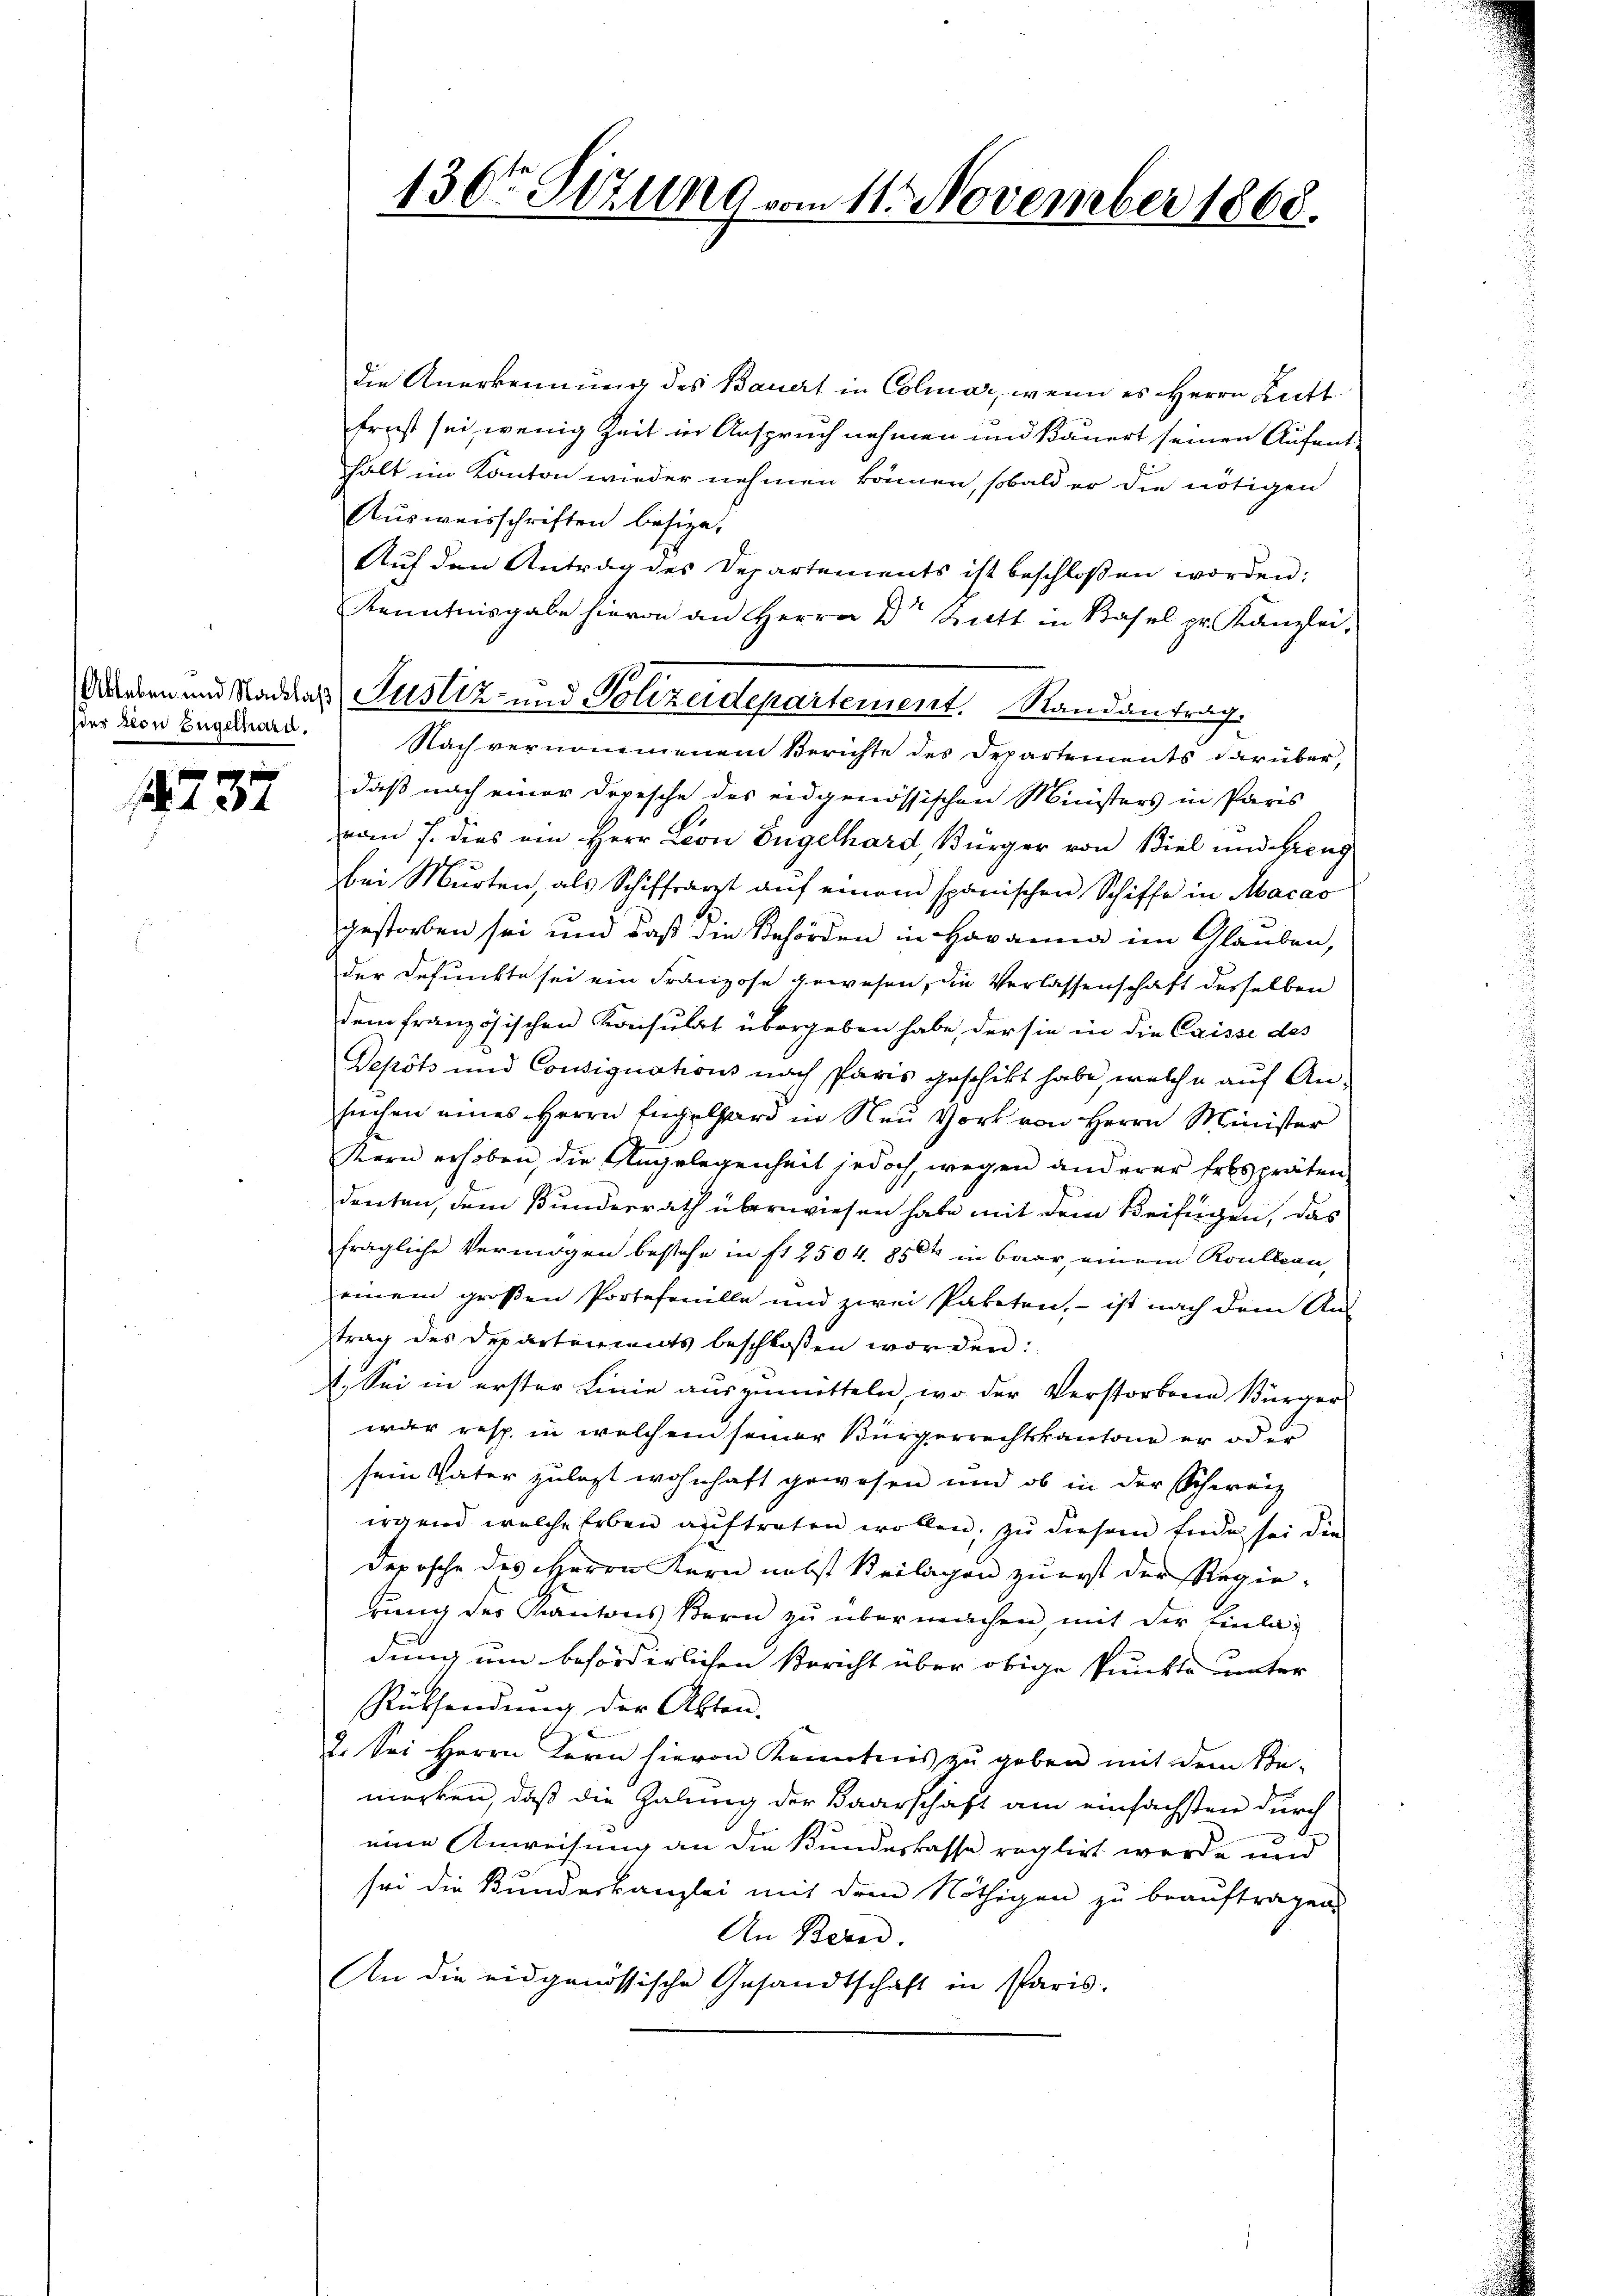
der von Engelhard.

237

die Anerkennung des Bauert in Colmar, wenn es Herrn Kutt
frest sei, wenig Zeit in Anspruch nehmen und Bauert seinen Aufenthalt im Kanton wieder nehmen können, sobald er die nötigen
Aŭsweisschriften besize,
Auf den Antrag des Departements ist beschloßen worden:
Kenntnisgabe hievon an Herrn Dr Bratt in Basel pr. Kanzlei,
Nach vernommenem Berichte des Departements darüber,
daß nach einer Depesche des eidgenössischen Ministers in Paris
vom 7. dies ein Herr Leon Engelhard, Bürger von Biel und Grenz
bei Murten, als Schiffrarzt aŭf einem spanischen Schiffe in Abacas
gestorben sei und daß die Behörden in Havanna im Glauben,
der defunkte sei ein Franzose gewesen, die Verlassenschaft desselben
dem französischen Konsulat übergeben habe, der sie in die Caisse des
Depots und Consignations nach Paris geschikt habe, welche auf An-
suchen eines Herrn Engelhard in Neu Vork von Herrn Minister
Kern erhoben, die Angelegenheit jedoch, wegen anderer Erbspräten
denten, dem Bunderrath überwiesen habe mit dem Beifügen, das
fragliche Vermögen bestehe in fr. 2504. 856 in Baar, einem Roullian,
einem großen Porteferulle und zwei Paketen, - ist nach dem Ans
trag des Departements beschloßen worden:
4. Sei in erster Linie auszumitteln, wo der Verstorbene Bürger
war resp. in welchem seiner Bürgerrechtskantone er oder
sein Vater zulezt wohnhaft gewesen und ob in der Schweiz
irgend welche Erben auftreten wollen, zu diesem Ende sei die
Deposche des Herrn Kern nebst Beilagen zuerst der Regie-
rung der Kantons Bern zu übermachen, mit der Einladung um beförderlichen Bericht über obige Punkte unter
Rüksendung der Akten.
2. Sei Herrn Bern hievon Kenntnis zu geben mit dem Be-
merken, daß die Zalung der Baarschaft am einfachsten durch
eine Anweisung an die Bundeskasse reglirt werde und
sei die Bundeskanzlei mit dem Nöthigen zu beauftragen
An Bern.
An die eidgenössische Gesandtschaft in Paris.

130ten Itzung vom 11. November 1868.

bdanken und Stadelns Justiz- und Polizeidepartement. Mandantrag,